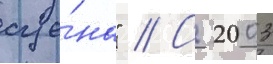
сце́на" // С 2003